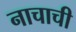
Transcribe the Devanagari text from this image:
नाचाची